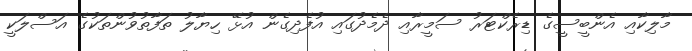
މާލިކާއި އެންބީސީގެ ޑިރެކްޓަރު ސަމީރާއި ދެމެދުގައި އުފެދިގެން އުޅޭ ހިޔާލު ތަފާތުވުންތަކުގެ އަސްލަކީ